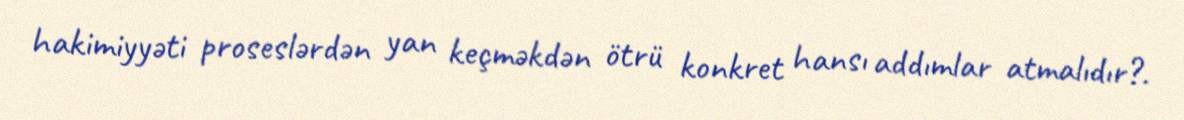
hakimiyyəti proseslərdən yan keçməkdən ötrü konkret hansı addımlar atmalıdır?.